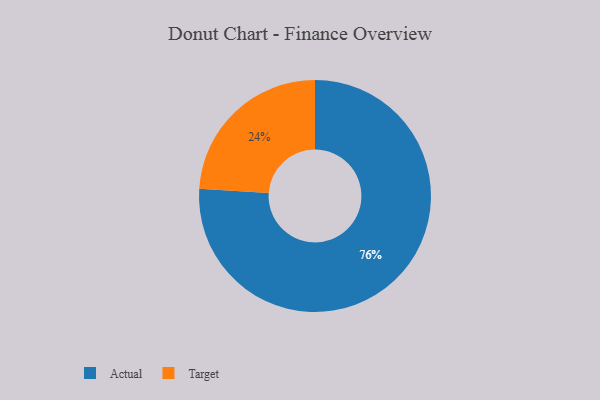
{"axis": {"x": "Category", "y": "Percentage"}, "legend": ["Actual", "Target"], "data": [{"x": "Target", "y": 24, "type": "Target"}, {"x": "Actual", "y": 76, "type": "Actual"}]}